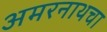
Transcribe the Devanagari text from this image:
अमरनाथचा